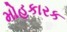
મોહકારક